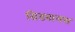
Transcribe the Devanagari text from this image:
ग्रिडबायस